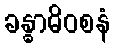
ခန္ဓာဓိဝစနံ